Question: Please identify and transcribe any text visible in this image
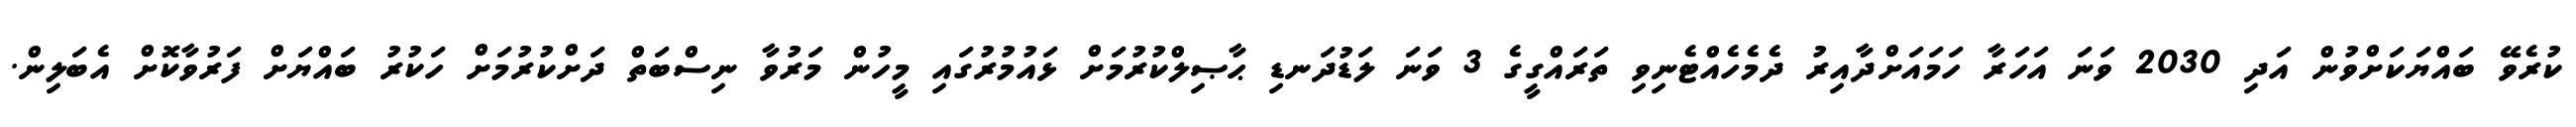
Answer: ކުރެވޭ ބައްޔަކަށްވުން އަދި 2030 ވަނަ އަހަރާ ހަމައަށްދާއިރު ދެމެހެއްޓެނިވި ތަރައްގީގެ 3 ވަނަ ލަޑުދަނޑި ޙާޞިލްކުރުމަށް ޅައުމުރުގައި މީހުން މަރުވާ ނިސްބަތް ދަށްކުރުމަށް ހަކުރު ބައްޔަށް ފަރުވާކޮށް އެބަލިން.